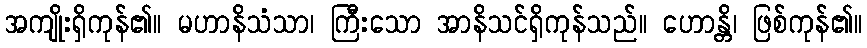
အကျိုးရှိကုန်၏။ မဟာနိသံသာ၊ ကြီးသော အာနိသင်ရှိကုန်သည်။ ဟောန္တိ၊ ဖြစ်ကုန်၏။